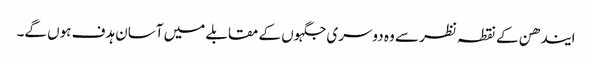
ایندھن کے نقطہ نظر سے وہ دوسری جگہوں کے مقابلے میں آسان ہدف ہوں گے۔